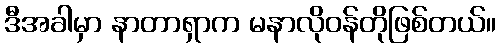
ဒီအခါမှာ နာတာရှာက မနာလိုဝန်တိုဖြစ်တယ်။